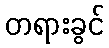
တရားခွင်